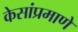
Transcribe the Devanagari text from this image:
केसांप्रमाणे